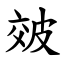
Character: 㿰